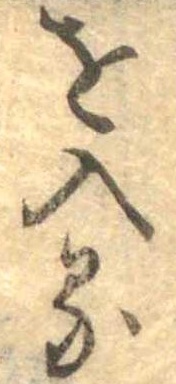
を入る